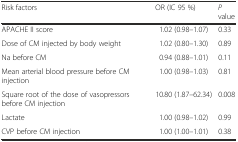
<table><thead><tr><td><b>Risk factors</b></td><td><b>OR (IC 95 %)</b></td><td><b><i>P</i> value</b></td></tr></thead><tbody><tr><td>APACHE II score</td><td>1.02 (0.98–1.07)</td><td>0.33</td></tr><tr><td>Dose of CM injected by body weight</td><td>1.02 (0.80–1.30)</td><td>0.89</td></tr><tr><td>Na before CM</td><td>0.94 (0.88–1.01)</td><td>0.11</td></tr><tr><td>Mean arterial blood pressure before CM injection</td><td>1.00 (0.98–1.03)</td><td>0.81</td></tr><tr><td>Square root of the dose of vasopressors before CM injection</td><td>10.80 (1.87–62.34)</td><td>0.008</td></tr><tr><td>Lactate</td><td>1.00 (0.98–1.02)</td><td>0.99</td></tr><tr><td>CVP before CM injection</td><td>1.00 (1.00–1.01)</td><td>0.38</td></tr></tbody></table>